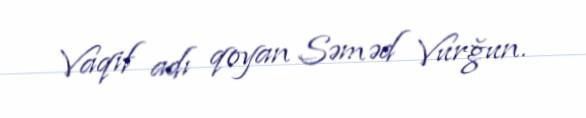
Vaqif adı qoyan Səməd Vurğun.